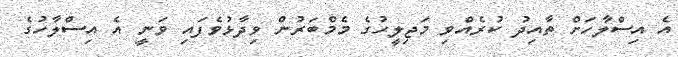
އެ އިސްލާހަށް ތާއިދު ކުރެއްވި މަޖިލީހުގެ މެމްބަރުން ވިދާޅުވެފައި ވަނީ އެ އިސްލާހުގެ